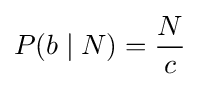
P(b\mid N)={\frac {N}{c}}